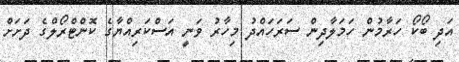
އަދި ބޯކޯ ހަރާމުން ހަމަލާދިން ސަރަހައްދު މިހާރު ވަނީ އަސްކަރިއްޔާގެ ކޮންޓްރޯލްގެ ދަށަށް